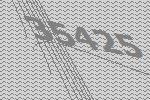
35425